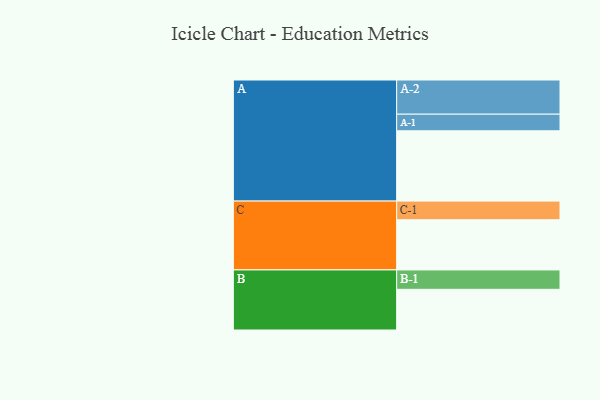
{"axis": {"x": "Segment", "y": "Value"}, "legend": ["", "A", "B", "C"], "data": [{"x": "A", "y": 584, "type": ""}, {"x": "B", "y": 338, "type": ""}, {"x": "C", "y": 417, "type": ""}, {"x": "A-1", "y": 138, "type": "A"}, {"x": "A-2", "y": 284, "type": "A"}, {"x": "B-1", "y": 161, "type": "B"}, {"x": "C-1", "y": 155, "type": "C"}]}